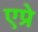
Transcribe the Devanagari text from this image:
एप्रे